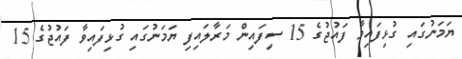
ޔަމަނުގައި ގުޅިފައިވާ ފައުޖުގެ 15 ސިފައިން މަރާލައިފި ޔަމަނުގައި ގުޅިފައިވާ ފައުޖުގެ 15